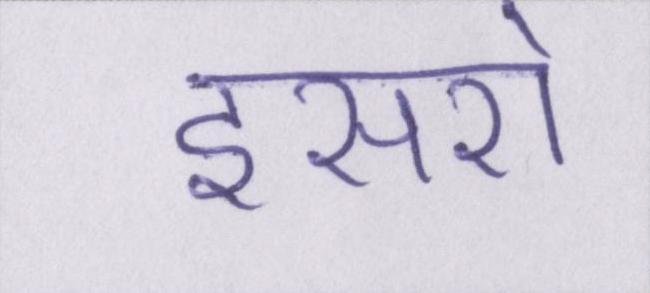
इसरो